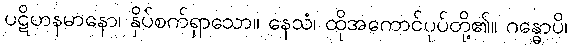
ပဋိဟနမာနော၊ နှိပ်စက်ရှာသော။ နေသံ၊ ထိုအကောင်ပုပ်တို့၏။ ဂန္ဓောပိ၊